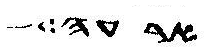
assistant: ארעה